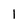
Character: 1